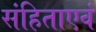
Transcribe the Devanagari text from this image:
संहिताएवं